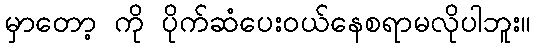
မှာတော့ ကို ပိုက်ဆံပေးဝယ်နေစရာမလိုပါဘူး။